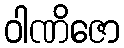
ဝါဏိဇော